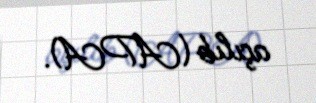
açılıb (APA).